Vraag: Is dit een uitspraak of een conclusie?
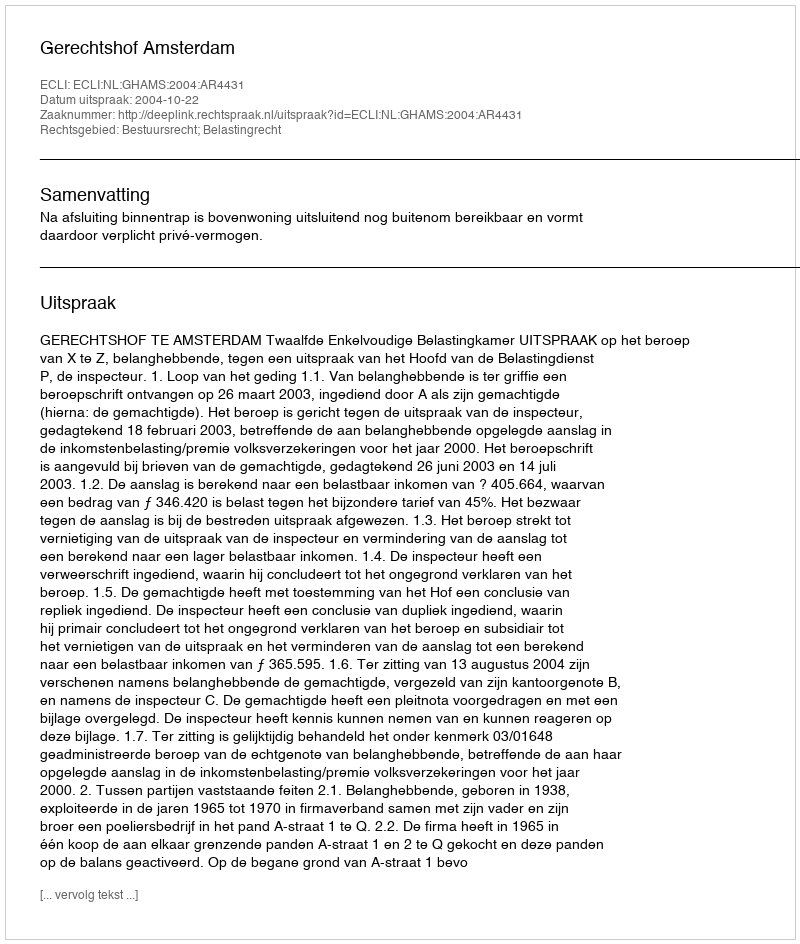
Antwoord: Uitspraak